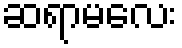
ဆရာမလေး